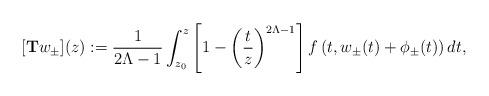
LaTeX: \begin{align*}[{\bf T}w_\pm](z):= {1\over 2\Lambda-1}\int_{z_0}^z\left[1-\left({t\over z}\right)^{2\Lambda-1}\right]f\left(t,w_\pm(t)+\phi_\pm(t)\right)dt,\end{align*}